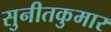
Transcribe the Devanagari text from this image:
सुनीतकुमार